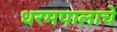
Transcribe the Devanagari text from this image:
धरमपालाचे